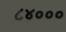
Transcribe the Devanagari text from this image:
८४०००